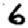
Digit: 6